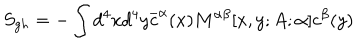
S _ { g h } = - \int d ^ { 4 } x d ^ { 4 } y \overline { { { c } } } ^ { \alpha } ( x ) M ^ { \alpha \beta } [ x , y ; A ; \alpha ] c ^ { \beta } ( y )